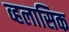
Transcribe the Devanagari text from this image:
व्हलासिक